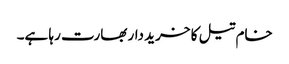
خام تیل کا خرید دار بھارت رہا ہے۔